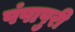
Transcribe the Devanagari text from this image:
पंपापुरी